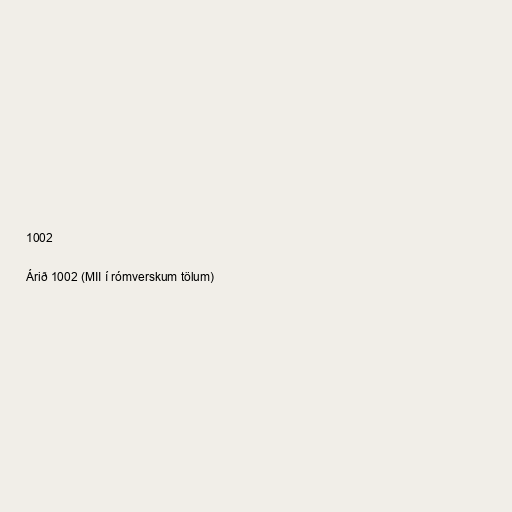
1002

Árið 1002 (MII í rómverskum tölum)